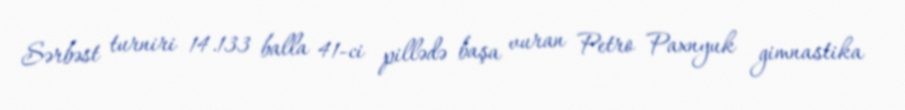
Sərbəst turniri 14.133 balla 41-ci pillədə başa vuran Petro Paxnyuk gimnastika